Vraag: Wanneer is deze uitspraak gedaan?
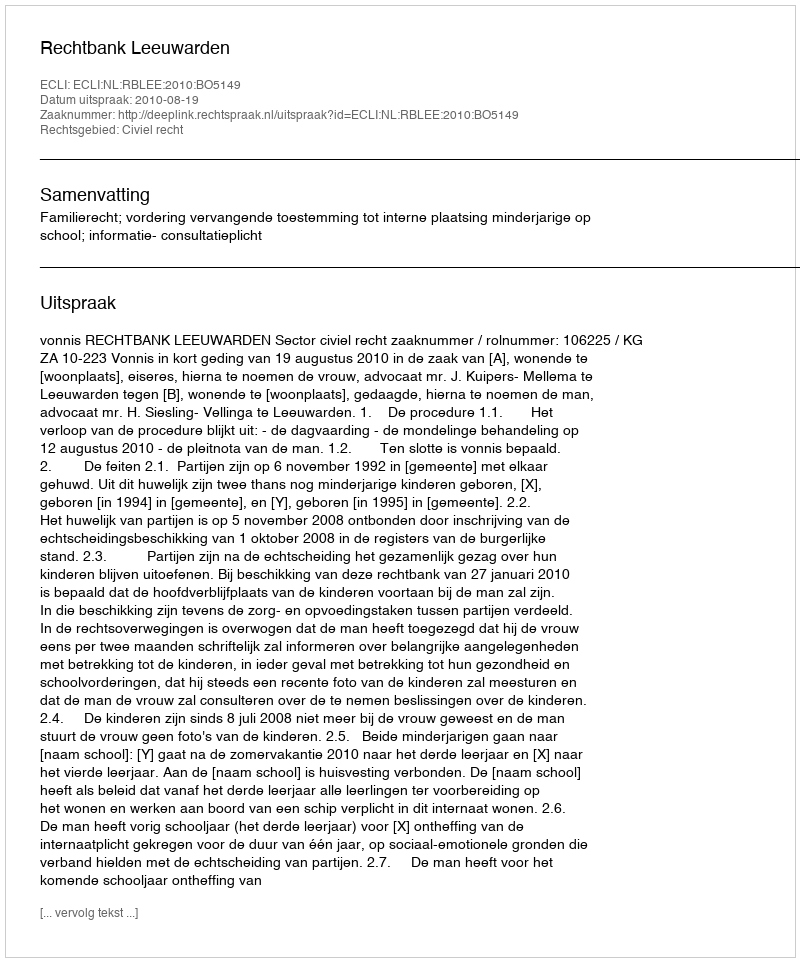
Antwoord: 2010-08-19